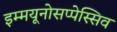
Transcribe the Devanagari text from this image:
इम्मयूनोसप्पेस्सिव